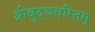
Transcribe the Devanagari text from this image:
श्रीबुद्धचरितम्